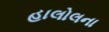
હાલોલના